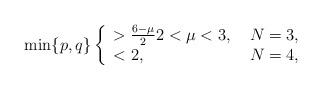
LaTeX: \begin{align*}\aligned \min\{p,q\}\left\{ \begin{array}{lll}>\frac{6-\mu}{2} 2<\mu<3,\ & N=3,\\<2, \ & N=4,\end{array}\right.\endaligned\end{align*}